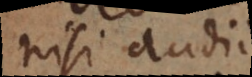
nisi audiis